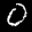
Label: 0